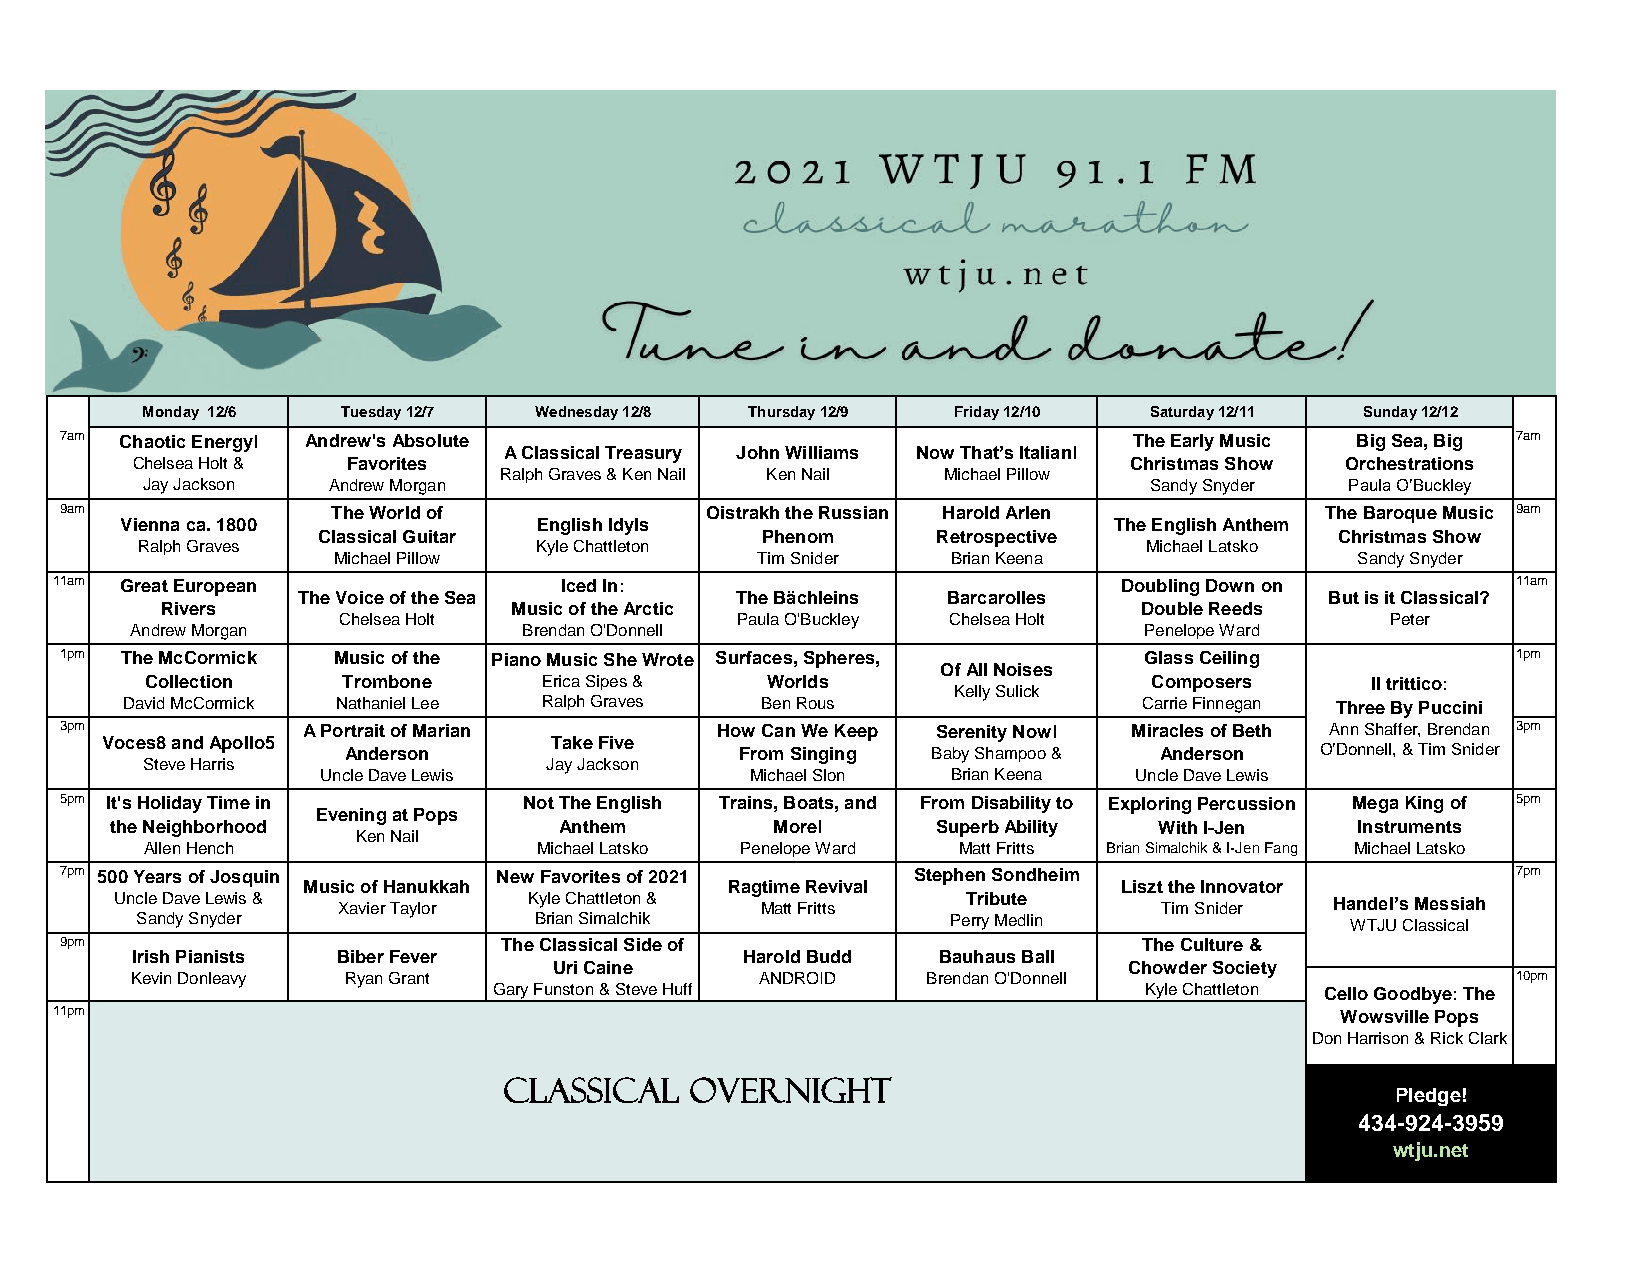
Monday 12/6   Tuesday 12/7 Wednesday 12/8 Thursday 12/9 Friday 12/10 Saturday 12/11 Sunday 12/12
 7am Chaotic Energy! Andrew's Absolute                                  The Early Music Big Sea, Big 7am
 A Classical Treasury John Williams Now That’s Italian!
 Chelsea Holt & Favorites                                          Christmas Show Orchestrations
 Ralph Graves & Ken Nail Ken Nail Michael Pillow
 Jay Jackson  Andrew Morgan                                         Sandy Snyder Paula O’Buckley
 9am               The World of             Oistrakh the Russian Harold Arlen        The Baroque Music 9am
 Vienna ca. 1800             English Idyls                         The English Anthem
 Classical Guitar             Phenom      Retrospective             Christmas Show
 Ralph Graves              Kyle Chattleton                          Michael Latsko
 Michael Pillow              Tim Snider   Brian Keena                Sandy Snyder
 11am Great European               Iced In:                             Doubling Down on          11am
 The Voice of the Sea         The Bächleins Barcarolles              But is it Classical?
 Rivers                 Music of the Arctic                      Double Reeds
 Chelsea Holt               Paula O'Buckley Chelsea Holt               Peter
 Andrew Morgan             Brendan O'Donnell                        Penelope Ward
 1pm The McCormick Music of the Piano Music She Wrote Surfaces, Spheres, Glass Ceiling           1pm
 Of All Noises
 Collection   Trombone     Erica Sipes &  Worlds                   Composers      Il trittico:
 Kelly Sulick
 David McCormick Nathaniel Lee Ralph Graves Ben Rous                 Carrie Finnegan Three By Puccini
 3pm             A Portrait of Marian       How Can We Keep Serenity Now! Miracles of Beth Ann Shaffer, Brendan 3pm
 Voces8 and Apollo5           Take Five
 Anderson                  From Singing Baby Shampoo & Anderson  O’Donnell, & Tim Snider
 Steve Harris               Jay Jackson
 Uncle Dave Lewis             Michael Slon Brian Keena Uncle Dave Lewis
 5pm It's Holiday Time in       Not The English Trains, Boats, and From Disability to Exploring Percussion Mega King of 5pm
 Evening at Pops
 the Neighborhood              Anthem        More!      Superb Ability With I-Jen   Instruments
 Ken Nail
 Allen Hench               Michael Latsko Penelope Ward Matt Fritts Brian Simalchik & I-Jen Fang Michael Latsko
 7pm 500 Years of Josquin     New Favorites of 2021      Stephen Sondheim                        7pm
 Music of Hanukkah           Ragtime Revival           Liszt the Innovator
 Uncle Dave Lewis & Xavier Taylor Kyle Chattleton & Matt Fritts Tribute Tim Snider Handel’s Messiah
 Sandy Snyder              Brian Simalchik             Perry Medlin              WTJU Classical
 9pm                          The Classical Side of                      The Culture &
 Irish Pianists Biber Fever              Harold Budd  Bauhaus Ball
 Uri Caine                             Chowder Society
 Kevin Donleavy Ryan Grant                ANDROID    Brendan O'Donnell                      10pm
 Gary Funston & Steve Huff                  Kyle Chattleton Cello Goodbye: The
 11pm                                                                                  Wowsville Pops
 Don Harrison & Rick Clark
 CLASSICAL    OVERNIGHT
 Pledge!
 434-924-3959
 wtju.net